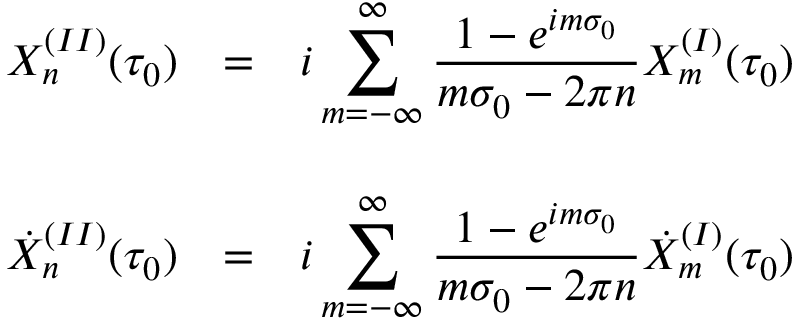
\begin{array} { l c l } { { X _ { n } ^ { ( I I ) } ( \tau _ { 0 } ) } } & { { = } } & { { { \displaystyle i \sum _ { m = - \infty } ^ { \infty } \frac { 1 - e ^ { i m \sigma _ { 0 } } } { m \sigma _ { 0 } - 2 \pi n } X _ { m } ^ { ( I ) } ( \tau _ { 0 } ) } } } \\ { { } } & { { } } & { { } } \\ { { { \dot { X } } _ { n } ^ { ( I I ) } ( \tau _ { 0 } ) } } & { { = } } & { { { \displaystyle i \sum _ { m = - \infty } ^ { \infty } \frac { 1 - e ^ { i m \sigma _ { 0 } } } { m \sigma _ { 0 } - 2 \pi n } { \dot { X } } _ { m } ^ { ( I ) } ( \tau _ { 0 } ) } } } \end{array}